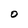
Character: O